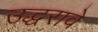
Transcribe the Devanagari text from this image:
उद्धरावे